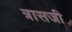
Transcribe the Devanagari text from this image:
त्रासजी